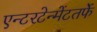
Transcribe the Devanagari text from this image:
एन्टरटेन्मेंटतर्फे